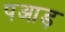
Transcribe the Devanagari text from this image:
पआड़